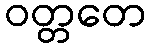
ဝတ္တတေ